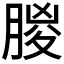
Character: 朡